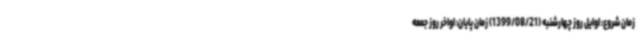
زمان شروع: اوایل روز چهارشنبه (1399/08/21) زمان پایان: اواخر روز جمعه